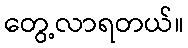
တွေ့လာရတယ်။